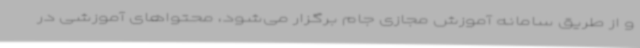
و از طریق سامانه آموزش مجازی جام برگزار می‌شود، محتواهای آموزشی در